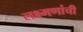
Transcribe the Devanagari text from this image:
लक्ष्मणांची